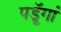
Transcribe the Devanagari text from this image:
पडॅ़ूगां